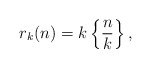
\begin{align*}r_k(n) = k \left\{\frac{n}{k}\right\},\end{align*}